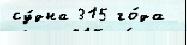
су́дна 315 го́да